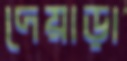
দেয়াড়া